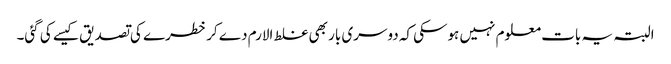
البتہ یہ بات معلوم نہیں ہوسکی کہ دوسری بار بھی غلط الارم دے کر خطرے کی تصدیق کیسے کی گئی۔